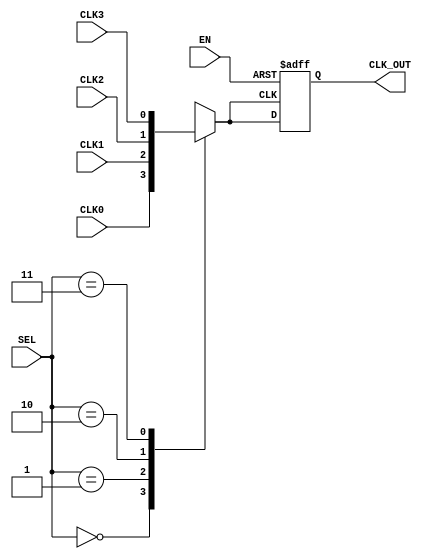
module clock_multiplexer_buffer (
    input wire CLK0,        // Clock input 0
    input wire CLK1,        // Clock input 1
    input wire CLK2,        // Clock input 2
    input wire CLK3,        // Clock input 3
    input wire [1:0] SEL,   // Selection input for clock source
    input wire EN,          // Enable input
    output reg CLK_OUT      // Buffered clock output
);

// Internal signal to hold the selected clock before buffering
reg selected_clock;

// Always block to route the selected clock based on SEL
always @(*) begin
    case (SEL)
        2'b00: selected_clock = CLK0;  // Select CLK0
        2'b01: selected_clock = CLK1;  // Select CLK1
        2'b10: selected_clock = CLK2;  // Select CLK2
        2'b11: selected_clock = CLK3;  // Select CLK3
        default: selected_clock = 1'b0; // Default to low
    endcase
end

// Always block to control output based on enable signal
always @(posedge selected_clock or negedge EN) begin
    if (!EN) begin
        CLK_OUT <= 1'b0;  // Set output to low when disabled
    end else begin
        CLK_OUT <= selected_clock; // Buffer the selected clock
    end
end

endmodule